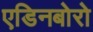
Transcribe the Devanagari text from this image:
एडिनबोरो